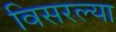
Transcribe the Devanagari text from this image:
विसरल्या